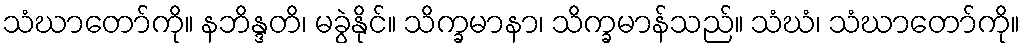
သံဃာတော်ကို။ နဘိန္ဒတိ၊ မခွဲနိုင်။ သိက္ခမာနာ၊ သိက္ခမာန်သည်။ သံဃံ၊ သံဃာတော်ကို။